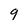
Character: q